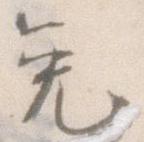
免